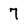
Character: 7